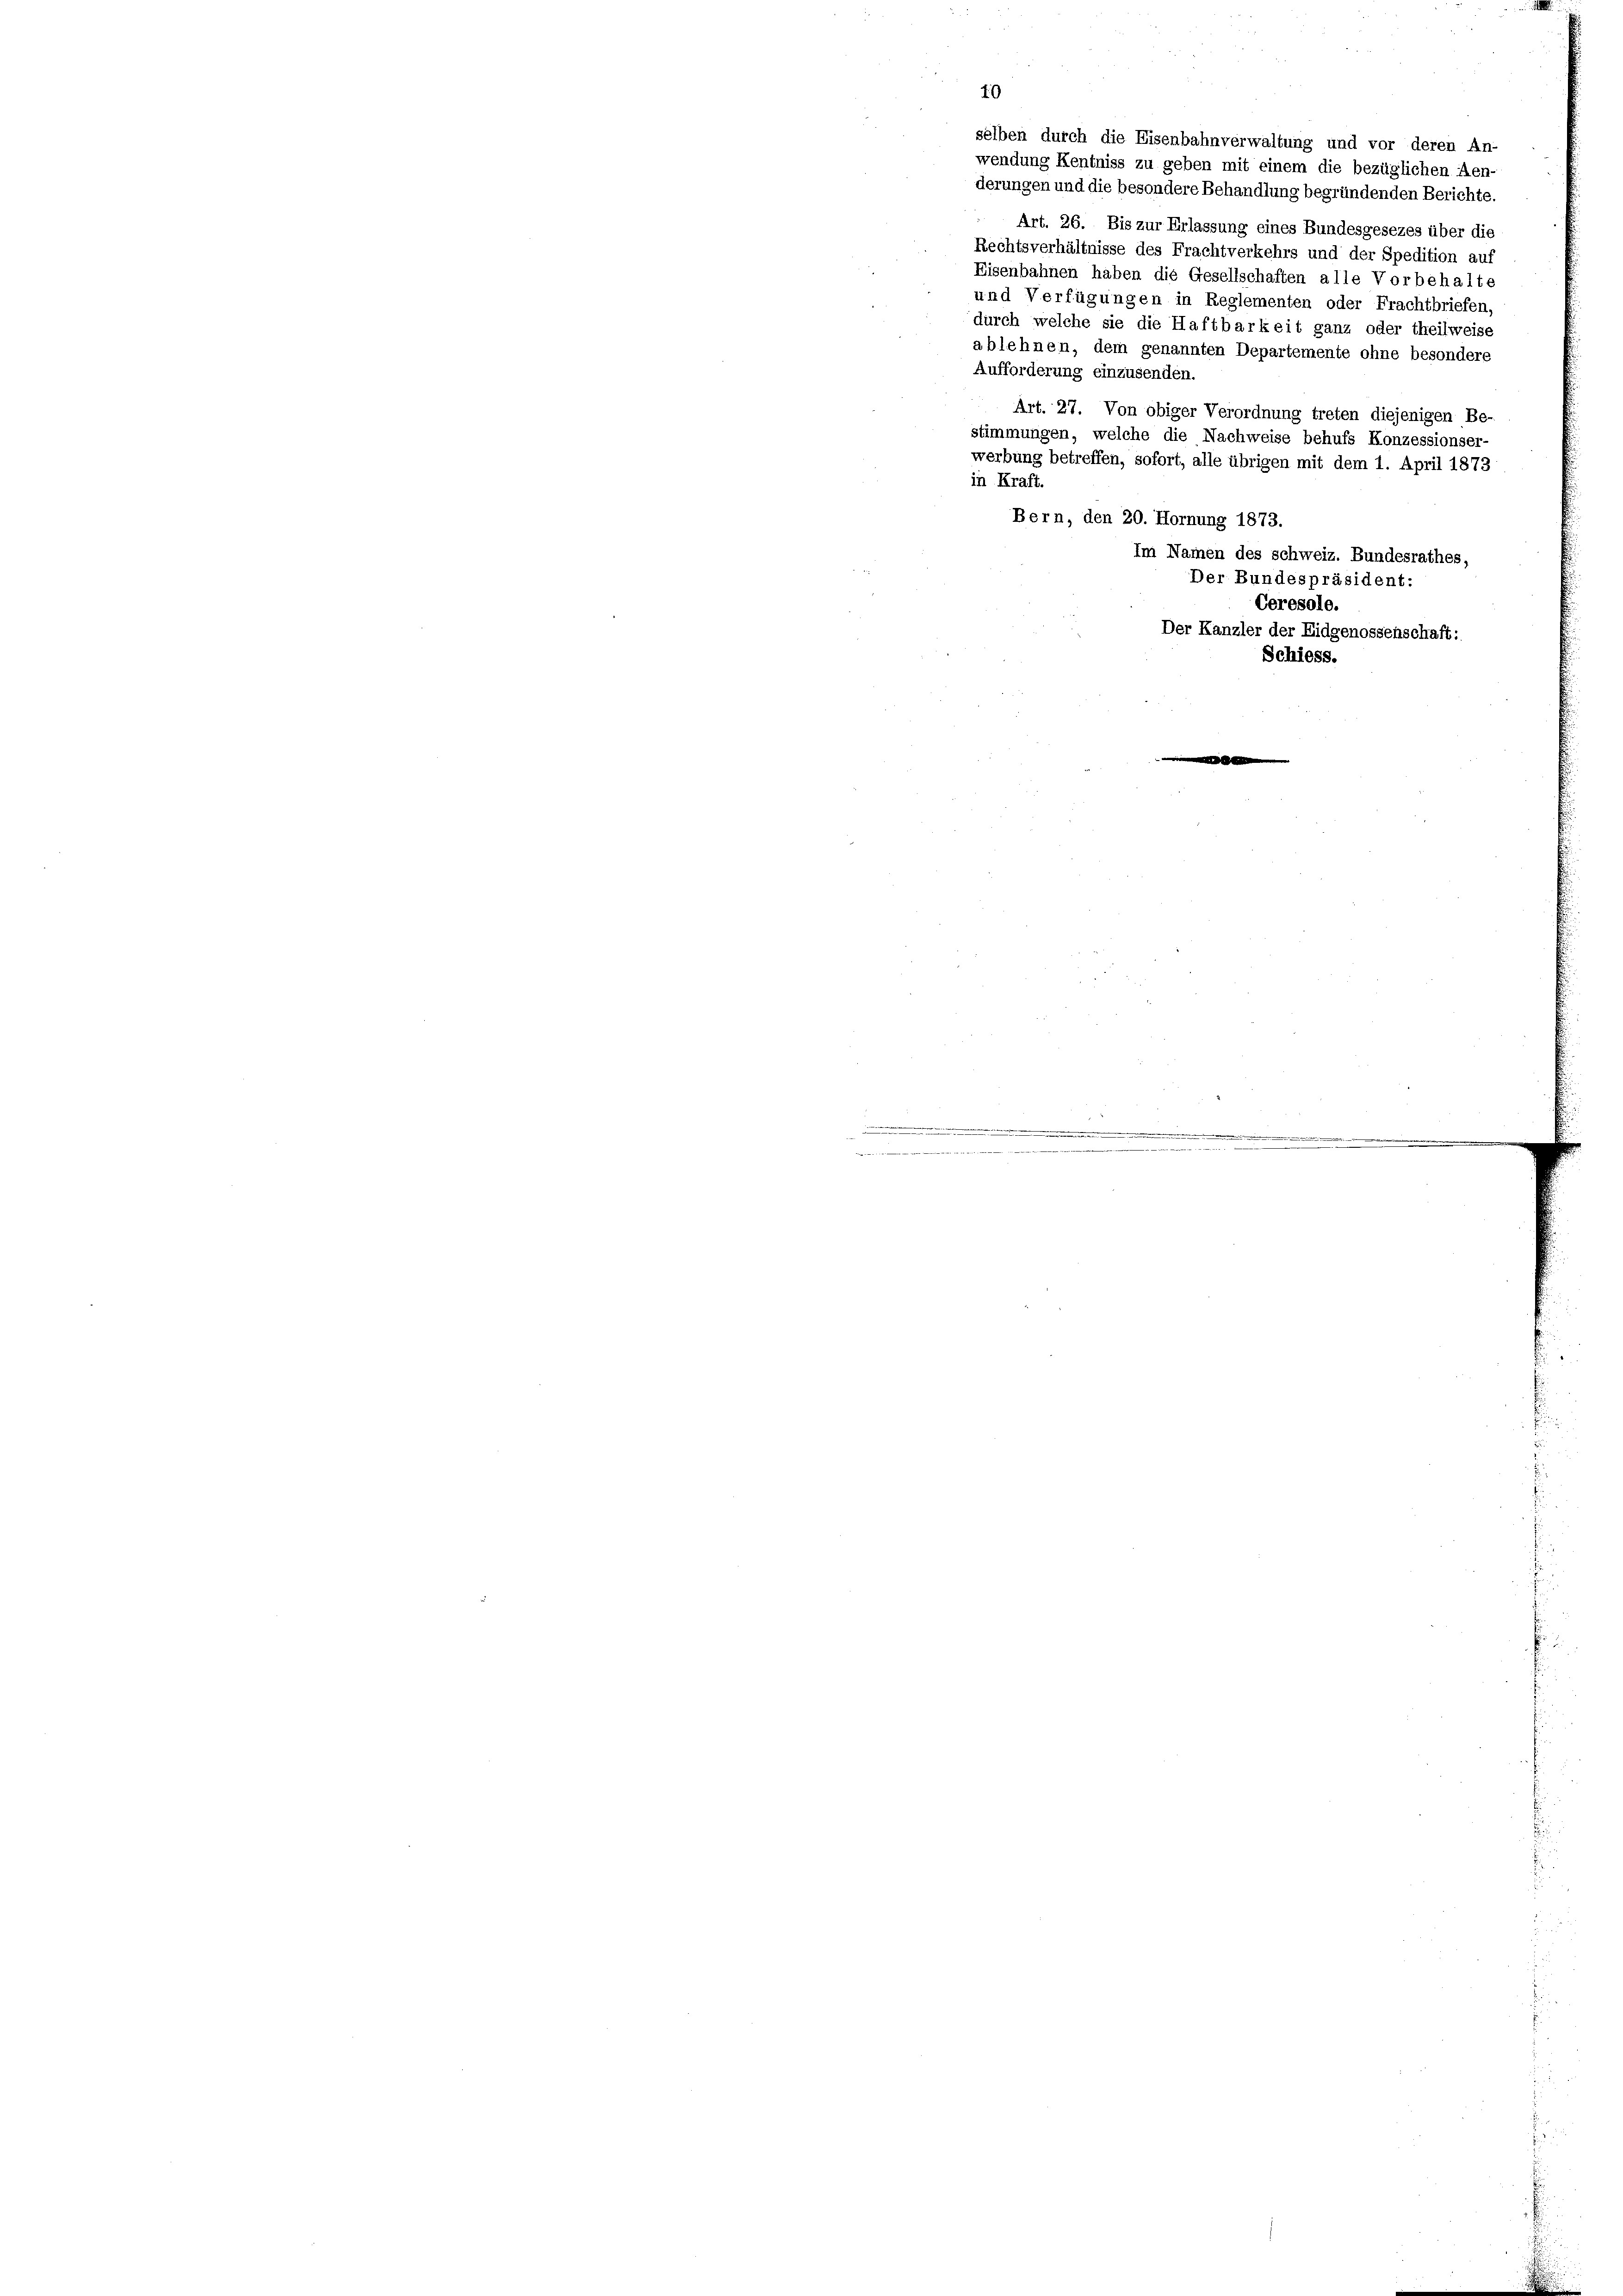
10
selben durch die Eisenbahnverwaltung und vor deren An-
wendung Kentniss zu geben mit einem die bezüglichen Aen-
derungen und die besondere Behandlung begründenden Berichte.
Art. 26. Bis zur Erlassung eines Bundesgesezes über die
Rechtsverhältnisse des Frachtverkehrs und der Spedition auf
Eisenbahnen haben die Gesellschaften alle Vorbehalte
und Verfügungen in Reglementen oder Frachtbriefen,
durch welche sie die Haftbarkeit ganz oder theilweise
ablehnen, dem genannten Departemente ohne besondere
Aufforderung einzusenden.
Art. 27. Von obiger Verordnung treten diejenigen Be-
stimmungen, welche die Nachweise behufs Konzessionser-
werbung betreffen, sofort, alle übrigen mit dem 1. April 1873
in Kraft
Bern, den 20. Hornung 1873.
Im Namen des schweiz. Bundesrathes,
Der Bundespräsident:
Ceresole.
Der Kanzler der Eidgenossenschaft:
Schiess.